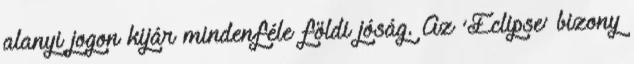
alanyi jogon kijár mindenféle földi jóság. Az ’Eclipse’ bizony